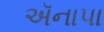
ઍનાપા